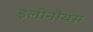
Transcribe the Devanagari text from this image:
इलीनौयस